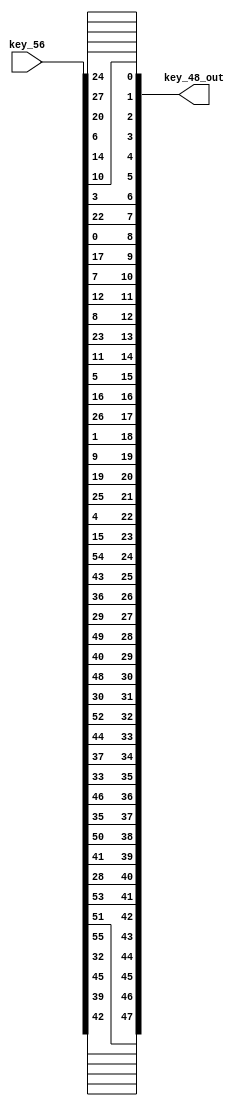

module key_56_to_48(key_48_out,key_56);
input[1:56] key_56;
output[1:48] key_48_out;
wire[1:48] key_48;

assign key_48[1:48]={key_56[14],key_56[17],key_56[11],key_56[24],key_56[1],key_56[5],
			key_56[3],key_56[28],key_56[15],key_56[6],key_56[21],key_56[10],
			key_56[23],key_56[19],key_56[12],key_56[4],key_56[26],key_56[8],
			key_56[16],key_56[7],key_56[27],key_56[20],key_56[13],key_56[2],
			key_56[41],key_56[52],key_56[31],key_56[37],key_56[47],key_56[55],
			key_56[30],key_56[40],key_56[51],key_56[45],key_56[33],key_56[48],
			key_56[44],key_56[49],key_56[39],key_56[56],key_56[34],key_56[53],
			key_56[46],key_56[42],key_56[50],key_56[36],key_56[29],key_56[32]};

assign key_48_out[1:48]=key_48[1:48];

endmodule